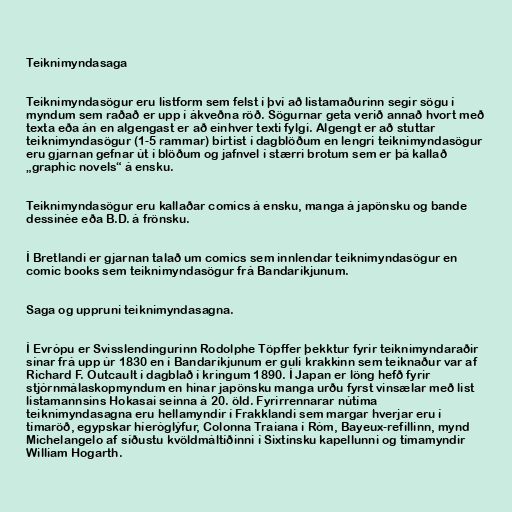
Teiknimyndasaga

Teiknimyndasögur eru listform sem felst í því að listamaðurinn segir sögu í
myndum sem raðað er upp í ákveðna röð. Sögurnar geta verið annað hvort með
texta eða án en algengast er að einhver texti fylgi. Algengt er að stuttar
teiknimyndasögur (1-5 rammar) birtist í dagblöðum en lengri teiknimyndasögur
eru gjarnan gefnar út í blöðum og jafnvel í stærri brotum sem er þá kallað
„graphic novels“ á ensku.

Teiknimyndasögur eru kallaðar comics á ensku, manga á japönsku og bande
dessinée eða B.D. á frönsku.

Í Bretlandi er gjarnan talað um comics sem innlendar teiknimyndasögur en
comic books sem teiknimyndasögur frá Bandaríkjunum.

Saga og uppruni teiknimyndasagna.

Í Evrópu er Svisslendingurinn Rodolphe Töpffer þekktur fyrir teiknimyndaraðir
sínar frá upp úr 1830 en í Bandaríkjunum er guli krakkinn sem teiknaður var af
Richard F. Outcault í dagblað í kringum 1890. Í Japan er löng hefð fyrir
stjórnmálaskopmyndum en hinar japönsku manga urðu fyrst vinsælar með list
listamannsins Hokasai seinna á 20. öld. Fyrirrennarar nútíma
teiknimyndasagna eru hellamyndir í Frakklandi sem margar hverjar eru í
tímaröð, egypskar híeróglýfur, Colonna Traiana í Róm, Bayeux-refillinn, mynd
Michelangelo af síðustu kvöldmáltíðinni í Sixtínsku kapellunni og tímamyndir
William Hogarth.